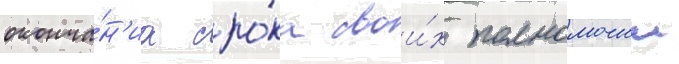
оконча́н'иа сро́ка свои́х полномочии